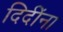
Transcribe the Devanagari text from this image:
दिदींना